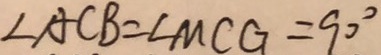
\angle A C B = \angle M C G = 9 0 ^ { \circ }